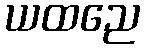
ယထညေ